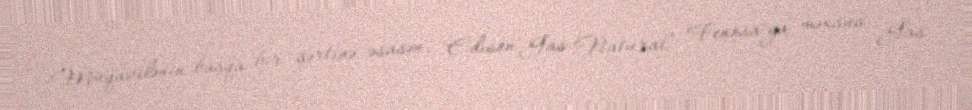
Müqavilənin başqa bir şərtinə əsasən, "Edison"Gas Natural Fenosa"ya məxsus "Gas